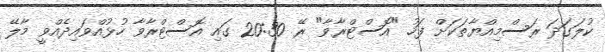
ކުލަގަދަ ރަސްމިއްޔާތަކަށް ފަހު "އޮސްޓްރާވާ" ރޭ 20:30 ގައި އޮސްޓްރާވާ ހުޅުއްވައިދެއްވީ މާލޭ